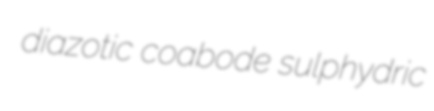
diazotic coabode sulphydric